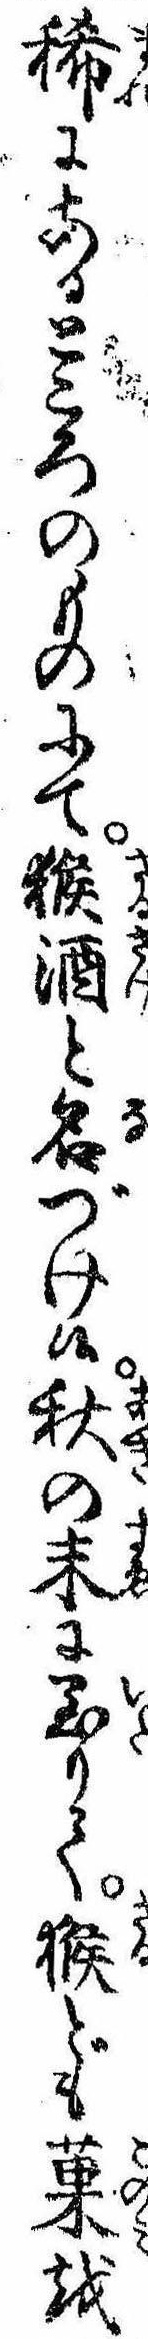
稀にあるところのものにて猴酒と名づけ候秋の末に至りて猴ども菓を